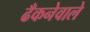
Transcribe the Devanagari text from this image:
ढँकनेवाले